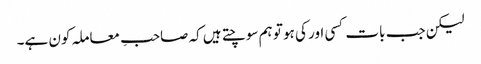
لیکن جب بات کسی اور کی ہو تو ہم سوچتے ہیں کہ صاحبِ معاملہ کون ہے۔